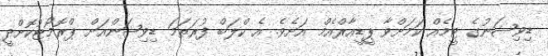
ޑިވިޝަނުގެ ޓީމެއް ކަމަށްވާ ޕީޑީއާރްއެމް އަށެވެ. އެ ކްލަބް ފުރަތަމަ ޑިވިޝަންއަށް ޕްރޮމޯޓުކޮށްދީ